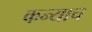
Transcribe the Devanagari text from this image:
कन्याच